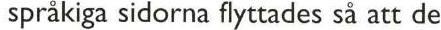
 språkiga sidorna flyttades så att de